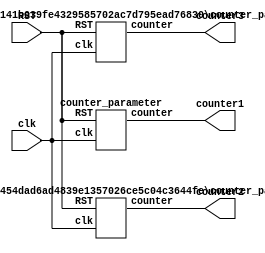
/***********************************************
Module Name:   top_counter_parameter
Feature:       Three counters with different parameter assignment methods
Coder:         Garfield
Organization:  XXXX Group, Department of Architecture
------------------------------------------------------
Input ports:   clk, 1 bit,clk
               RST, 1 bit, reset
Output Ports:  counter1, bit width defined by parameter WIDTH,
                        counter value for counter1 without parameter assigned
               counter2, bit width defined by parameter WIDTH,
                        counter value for counter2 with parameter assigned 
               counter3, bit width defined by parameter WIDTH,
                        counter value for counter3 with parameter assigned                                                
------------------------------------------------------
History:
02-04-2016: First Version by Garfield
02-04-2016: First verified by Counter_Parameter_test
***********************************************/
`define WIDTH_1 8
`define WIDTH_2 4
`define WIDTH_3 3
//Bit width for different sub modules

`define MAX_1 200
`define MAX_2 13
`define MAX_3 5
//Bit width for different sub modules

module top_counter_parameter
  ( 
    input clk, RST,
    output[`WIDTH_1 - 1:0] counter1,
    output[`WIDTH_2 - 1:0] counter2,
    output[`WIDTH_3 - 1:0] counter3       
  );
//Load other module(s)
counter_parameter C1(.clk(clk), .RST(RST), .counter(counter1));
counter_parameter C2(.clk(clk), .RST(RST), .counter(counter2));
    defparam  C2.WIDTH = `WIDTH_2, C2.MAX_VALUE = `MAX_2;
counter_parameter #(.WIDTH(`WIDTH_3), .MAX_VALUE(`MAX_3))
                  C3(.clk(clk), .RST(RST), .counter(counter3));
//Definition for Variables in the module

//Logic
endmodule

/***********************************************
Module Name:   counter_parameter
Feature:       Counter with parameter bit_width and max_value
Coder:         Garfield
Organization:  XXXX Group, Department of Architecture
------------------------------------------------------
Input ports:   clk, 1 bit,clk
               RST, 1 bit, reset
Output Ports:  counter, bit width defined by parameter WIDTH,
                        counter value
Parameters:    WIDTH, bit width
               MAX_VALUE, maximum couter value
------------------------------------------------------
History:
02-03-2016: First Version by Garfield
02-04-2016: First verified by Counter_Parameter_test
***********************************************/
module counter_parameter
#(parameter WIDTH = 8,
//Bit width for output
MAX_VALUE = 200)
//Maximun value for counter)
  ( 
    input clk, RST,
    output reg[WIDTH - 1:0] counter
  );

  
//Load other module(s)

//Definition for Variables in the module

//Logic
always @(posedge clk or negedge RST)
begin
    if (!RST)
    begin
        counter <= 1'h0;
    end
    else if (counter < MAX_VALUE)
    begin
       counter <= counter + 1'h1;    	
    end
    else
    begin
       counter <= 1'h0;    	
    end
end
endmodule